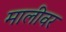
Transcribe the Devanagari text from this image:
मालीवर